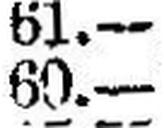
60.—